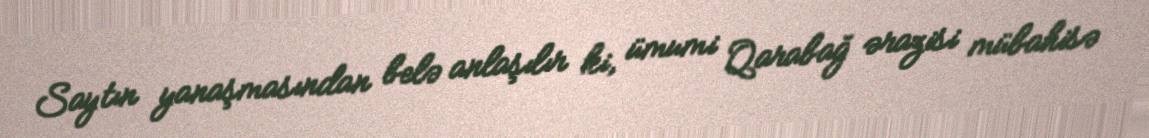
Saytın yanaşmasından belə anlaşılır ki, ümumi Qarabağ ərazisi mübahisə